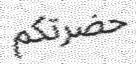
حضرتكم